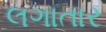
લગાતાર